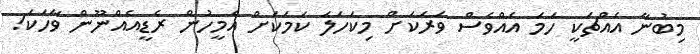
މިބުނާ އެއްޗަކީ ހަމަ އެއްވެސް ވަރަކަށް މިކަހަލަ ކަމަކަށް އެމީހުން ރެޑީއެއްނޫން ވާހަކަ!